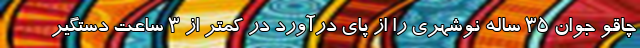
چاقو جوان ۳۵ ساله نوشهری را از پای درآورد در کمتر از ۳ ساعت دستگیر